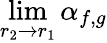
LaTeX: \operatorname*{lim}_{r_{2}\to r_{1}}\alpha_{f,g}